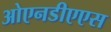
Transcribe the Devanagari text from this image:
ओएनडीएएस